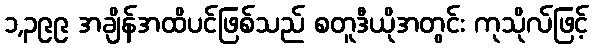
၁,၃၉၉ အချိန်အထိပင်ဖြစ်သည် စတူဒီယိုအတွင်း ကုသိုလ်ဖြင့်